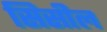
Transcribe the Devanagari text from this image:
सिसील